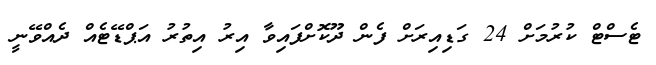
ޓެސްޓް ކުރުމަށް 24 ގަޑިއިރަށް ފެން ދޫކޮށްފައިވާ އިރު އިތުރު އަޕްޑޭޓެއް ދެއްވޭނީ